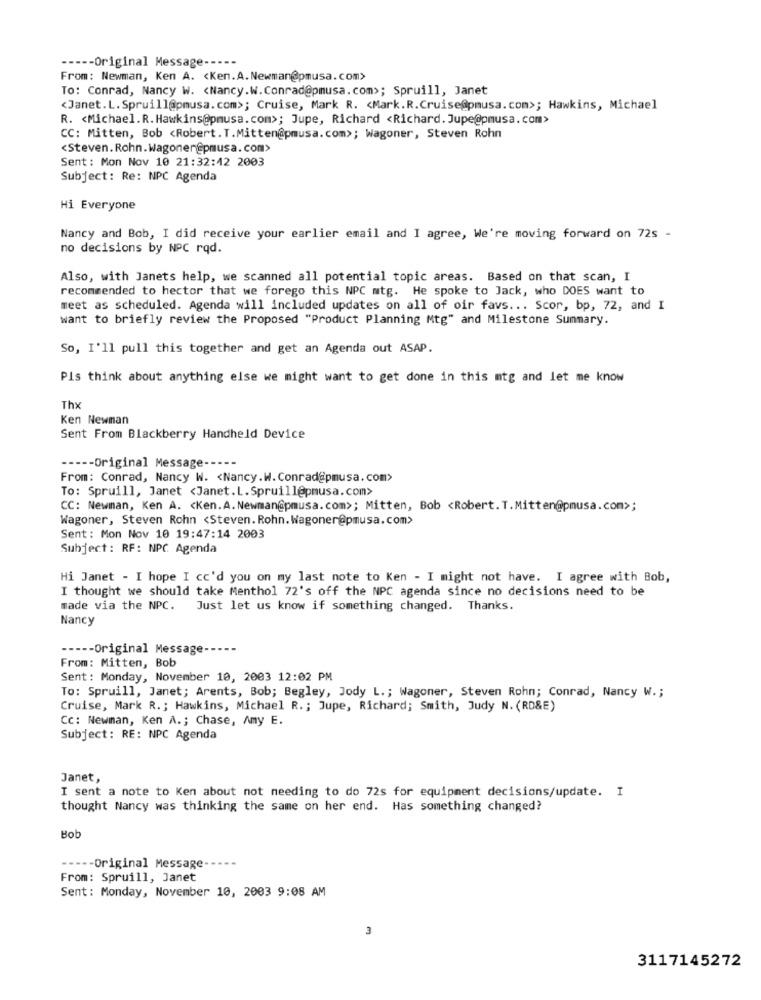
----- Original Message --
From: Newman, Ken A. < Ken.A. Newman@pmusa.com>
To: Conrad, Nancy W. < Nancy.W. Conrad@pmusa.com>; Spruill, Janet
<Janet. L. Spruill@pmusa.com>; Cruise, Mark R. < Mark. R.Cruise@pmusa.com>; Hawkins, Michael
R. < Michael. R. Hawkins@pmusa.com>; Jupe, Richard <Richard. Jupe@pmusa.com>
CC: Mitten, Bob <Robert. T.Mitten@pmusa.com>; Wagoner, Steven Rohn
<Steven. Rohn.Wagoner@pmusa.com>
Sent: Mon Nov 10 21:32:42 2003
Subject: Re: NPC Agenda
Hi Everyone
Nancy and Bob, I did receive your earlier email and I agree, We're moving forward on 72s -
no decisions by NPC rqd.
Also, with Janets help, we scanned all potential topic areas. Based on that scan, I
recommended to hector that we forego this NPC mtg. He spoke to Jack, who DOES want to
meet as scheduled. Agenda will included updates on all of oir favs ... Scor, bp, 72, and I
want to briefly review the Proposed "Product Planning Mtg" and Milestone Summary.
So, I'll pull this together and get an Agenda out ASAP.
Pls think about anything else we might want to get done in this mtg and let me know
Thx
Ken Newman
Sent From Blackberry Handheld Device
---- Original Message-
From: Conrad, Nancy W. < Nancy.W. Conrad@pmusa. com>
To: Spruill, Janet <Janet. L.Spruillepmusa.com>
CC: Newman, Ken A. < Ken.A.Newman@pmusa.com>; Mitten, Bob <Robert. T.Mitten@pmusa.com>;
Wagoner, Steven Rohn <Steven. Rohn. Wagoner@pmusa.com>
Sent: Mon Nov 10 19:47:14 2003
Subject : RF: NPC Agenda
Hi Janet - I hope I cc'd you on my last note to Ken - I might not have. I agree with Bob,
I thought we should take Menthol 72's off the NPC agenda since no decisions need to be
made via the NPC.
Just let us know if something changed. Thanks.
Nancy
----- Original Message-
From: Mitten, Bob
Sent: Monday, November 10, 2003 12:02 PM
To: Spruill, Janet; Arents, Bob; Begley, Jody L .; Wagoner, Steven Rohn; Conrad, Nancy W .;
Cruise, Mark R .; Hawkins, Michael R. ; Jupe, Richard; Smith, Judy N. (RD&E)
Cc: Newman, Ken A .; Chase, Amy E.
Subject: RE: NPC Agenda
Janet,
I sent a note to Ken about not needing to do 72s for equipment decisions/update. I
thought Nancy was thinking the same on her end. Has something changed?
Bot
---- Original Message-
From: Spruill, Janet
Sent: Monday, November 10, 2003 9:08 AM
3117145272